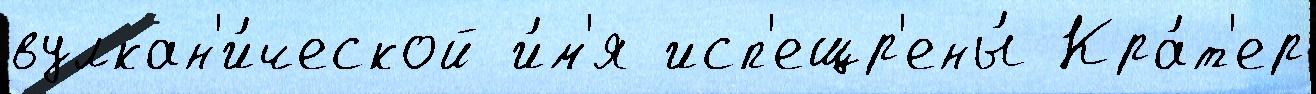
вулкан'и́ческой и́м'я исп'ещр'ены́ Кра́т'ер